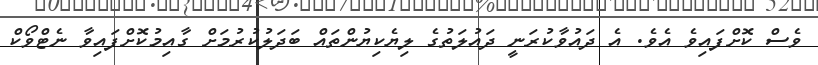
ވެސް ކޮށްފައިވެ އެވެ. އެ ދައުވާކުރަނީ ދައުލަތުގެ ލިޔެކިޔުންތައް ބަދަލުކުރުމަށް ގާއިމުކޮށްފައިވާ ނެޓްވޯކް